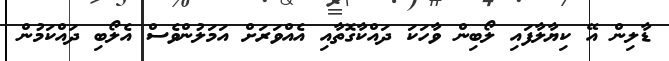
ޑާލިން އޭ ކިޔާލާފައި ލޯބިން ވާހަކަ ދައްކާގޮތާއި އެއްވަރަށް އަމަލުންވެސް އެލޯބި ދައްކަމުން